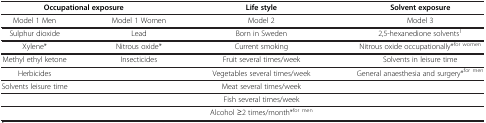
<table><thead><tr><td colspan="2"><b>Occupational exposure</b></td><td><b>Life style</b></td><td><b>Solvent exposure</b></td></tr></thead><tbody><tr><td>Model 1 Men</td><td>Model 1 Women</td><td>Model 2</td><td>Model 3</td></tr><tr><td>Sulphur dioxide</td><td>Lead</td><td>Born in Sweden</td><td>2,5-hexanedione solvents<sup>1</sup></td></tr><tr><td>Xylene*</td><td>Nitrous oxide*</td><td>Current smoking</td><td>Nitrous oxide occupationally*<sup>for women</sup></td></tr><tr><td>Methyl ethyl ketone</td><td>Insecticides</td><td>Fruit several times/week</td><td>Solvents in leisure time</td></tr><tr><td>Herbicides</td><td> </td><td>Vegetables several times/week</td><td>General anaesthesia and surgery*<sup>for men</sup></td></tr><tr><td>Solvents leisure time</td><td> </td><td>Meat several times/week</td><td> </td></tr><tr><td> </td><td> </td><td>Fish several times/week</td><td> </td></tr><tr><td> </td><td> </td><td>Alcohol ≥2 times/month*<sup>for men</sup></td><td> </td></tr></tbody></table>